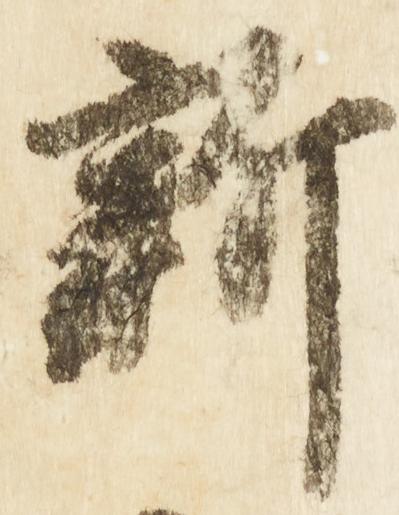
新